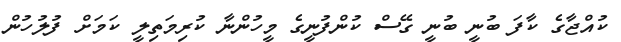
ކުއްޖާގެ ކާފަ ބުނީ ބުނީ ގޭސް ކުންފުނީގެ މީހުންނާ ކުރިމަތިލީ ކަމަށް ފުލުުހުން